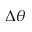
\Delta \theta